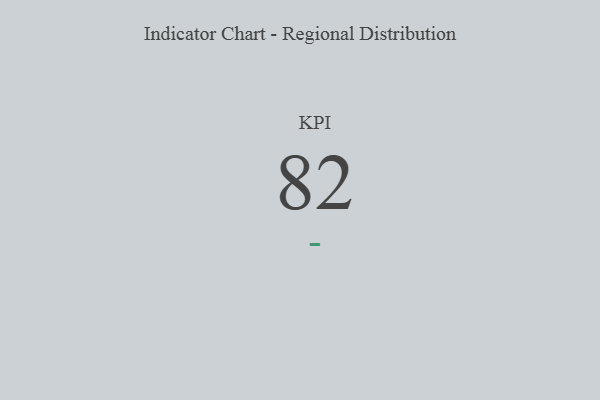
{"axis": {"x": "KPI", "y": "Value"}, "legend": [""], "data": [{"x": "KPI", "y": 82, "type": ""}]}